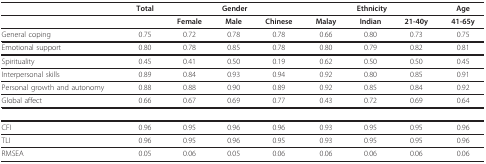
|  | Total | <COLSPAN=3> Gender | <COLSPAN=3> Ethnicity | Age |
 | --- | --- | --- | --- | --- | --- | --- | --- | --- |
 |  |  | Female | Male | Chinese | Malay | Indian | 21-40y | 41-65y |
 | General coping | 0.75 | 0.72 | 0.78 | 0.78 | 0.66 | 0.80 | 0.73 | 0.75 |
 | Emotional support | 0.80 | 0.78 | 0.85 | 0.78 | 0.80 | 0.79 | 0.82 | 0.81 |
 | Spirituality | 0.45 | 0.41 | 0.50 | 0.19 | 0.62 | 0.50 | 0.50 | 0.45 |
 | Interpersonal skills | 0.89 | 0.84 | 0.93 | 0.94 | 0.92 | 0.80 | 0.85 | 0.91 |
 | Personal growth and autonomy | 0.88 | 0.88 | 0.90 | 0.89 | 0.92 | 0.85 | 0.84 | 0.92 |
 | Global affect | 0.66 | 0.67 | 0.69 | 0.77 | 0.43 | 0.72 | 0.69 | 0.64 |
 | CFI | 0.96 | 0.95 | 0.96 | 0.96 | 0.93 | 0.95 | 0.95 | 0.96 |
 | TLI | 0.96 | 0.95 | 0.96 | 0.95 | 0.93 | 0.95 | 0.95 | 0.96 |
 | RMSEA | 0.05 | 0.06 | 0.05 | 0.06 | 0.06 | 0.06 | 0.06 | 0.06 |